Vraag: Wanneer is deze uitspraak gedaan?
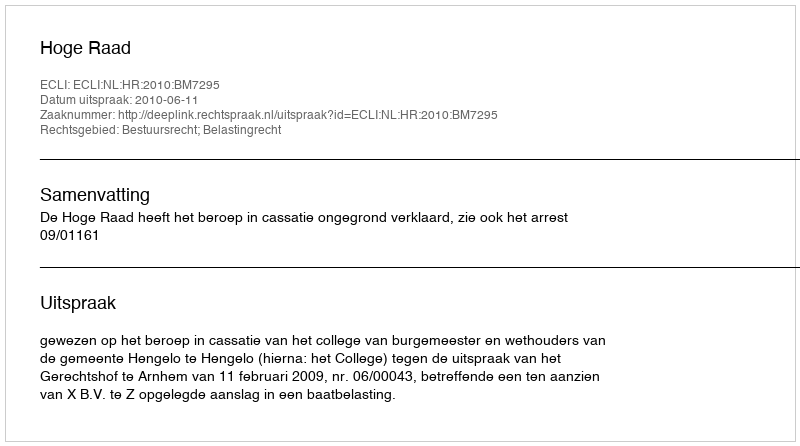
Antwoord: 2010-06-11